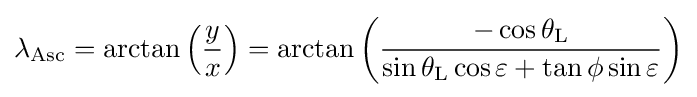
\lambda _{\rm {Asc}}=\arctan \left({\frac {y}{x}}\right)=\arctan \left({\frac {-\cos \theta _{\rm {L}}}{\sin \theta _{\rm {L}}\cos \varepsilon +\tan \phi \sin \varepsilon }}\right)